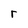
Character: r